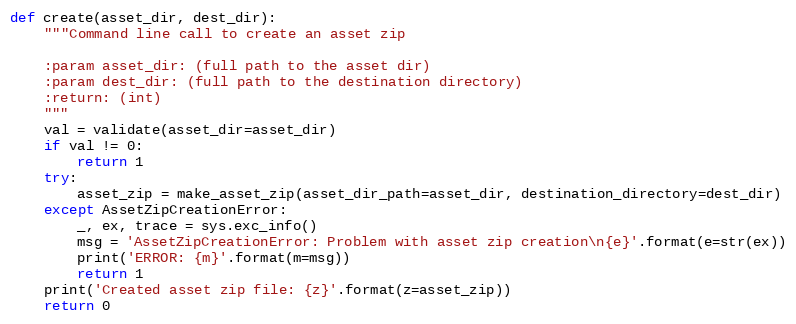
Language: Python
def create(asset_dir, dest_dir):
    """Command line call to create an asset zip

    :param asset_dir: (full path to the asset dir)
    :param dest_dir: (full path to the destination directory)
    :return: (int)
    """
    val = validate(asset_dir=asset_dir)
    if val != 0:
        return 1
    try:
        asset_zip = make_asset_zip(asset_dir_path=asset_dir, destination_directory=dest_dir)
    except AssetZipCreationError:
        _, ex, trace = sys.exc_info()
        msg = 'AssetZipCreationError: Problem with asset zip creation\n{e}'.format(e=str(ex))
        print('ERROR: {m}'.format(m=msg))
        return 1
    print('Created asset zip file: {z}'.format(z=asset_zip))
    return 0